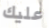
عليك